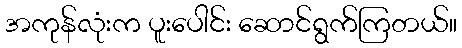
အကုန်လုံးက ပူးပေါင်း ဆောင်ရွက်ကြတယ်။